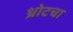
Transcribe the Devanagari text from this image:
थ्रोटचा